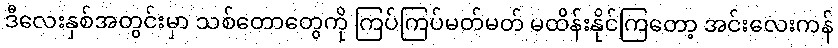
ဒီလေးနှစ်အတွင်းမှာ သစ်တောတွေကို ကြပ်ကြပ်မတ်မတ် မထိန်းနိုင်ကြတော့ အင်းလေးကန်